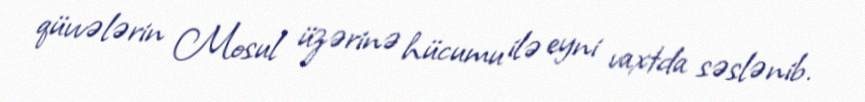
qüvvələrin Mosul üzərinə hücumu ilə eyni vaxtda səslənib.